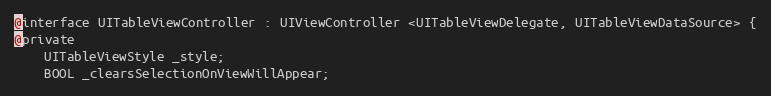
Language: C
@interface UITableViewController : UIViewController <UITableViewDelegate, UITableViewDataSource> {
@private
    UITableViewStyle _style;
    BOOL _clearsSelectionOnViewWillAppear;